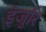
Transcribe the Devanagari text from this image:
इंजुरि